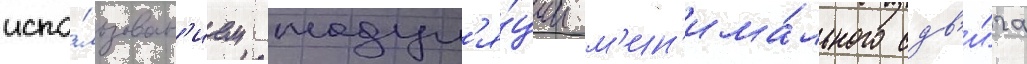
испо́льзован'ием модул'я́ции м'ин'има́льного сдв'и́га